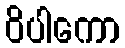
ဝိပါကော